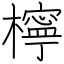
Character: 檸